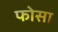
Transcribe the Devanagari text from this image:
फोसा